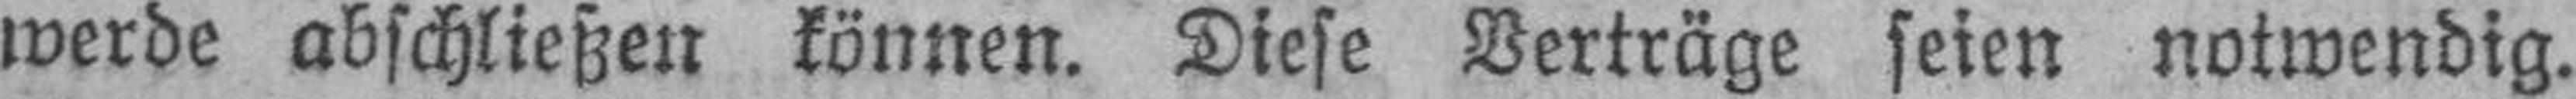
werde abschließen können. Diese Verträge seien notwendig.